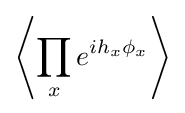
\left\langle \prod _{x}e^{ih_{x}\phi _{x}}\right\rangle